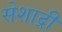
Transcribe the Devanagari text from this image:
सेशाद्री